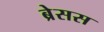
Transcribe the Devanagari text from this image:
ब्रेसस